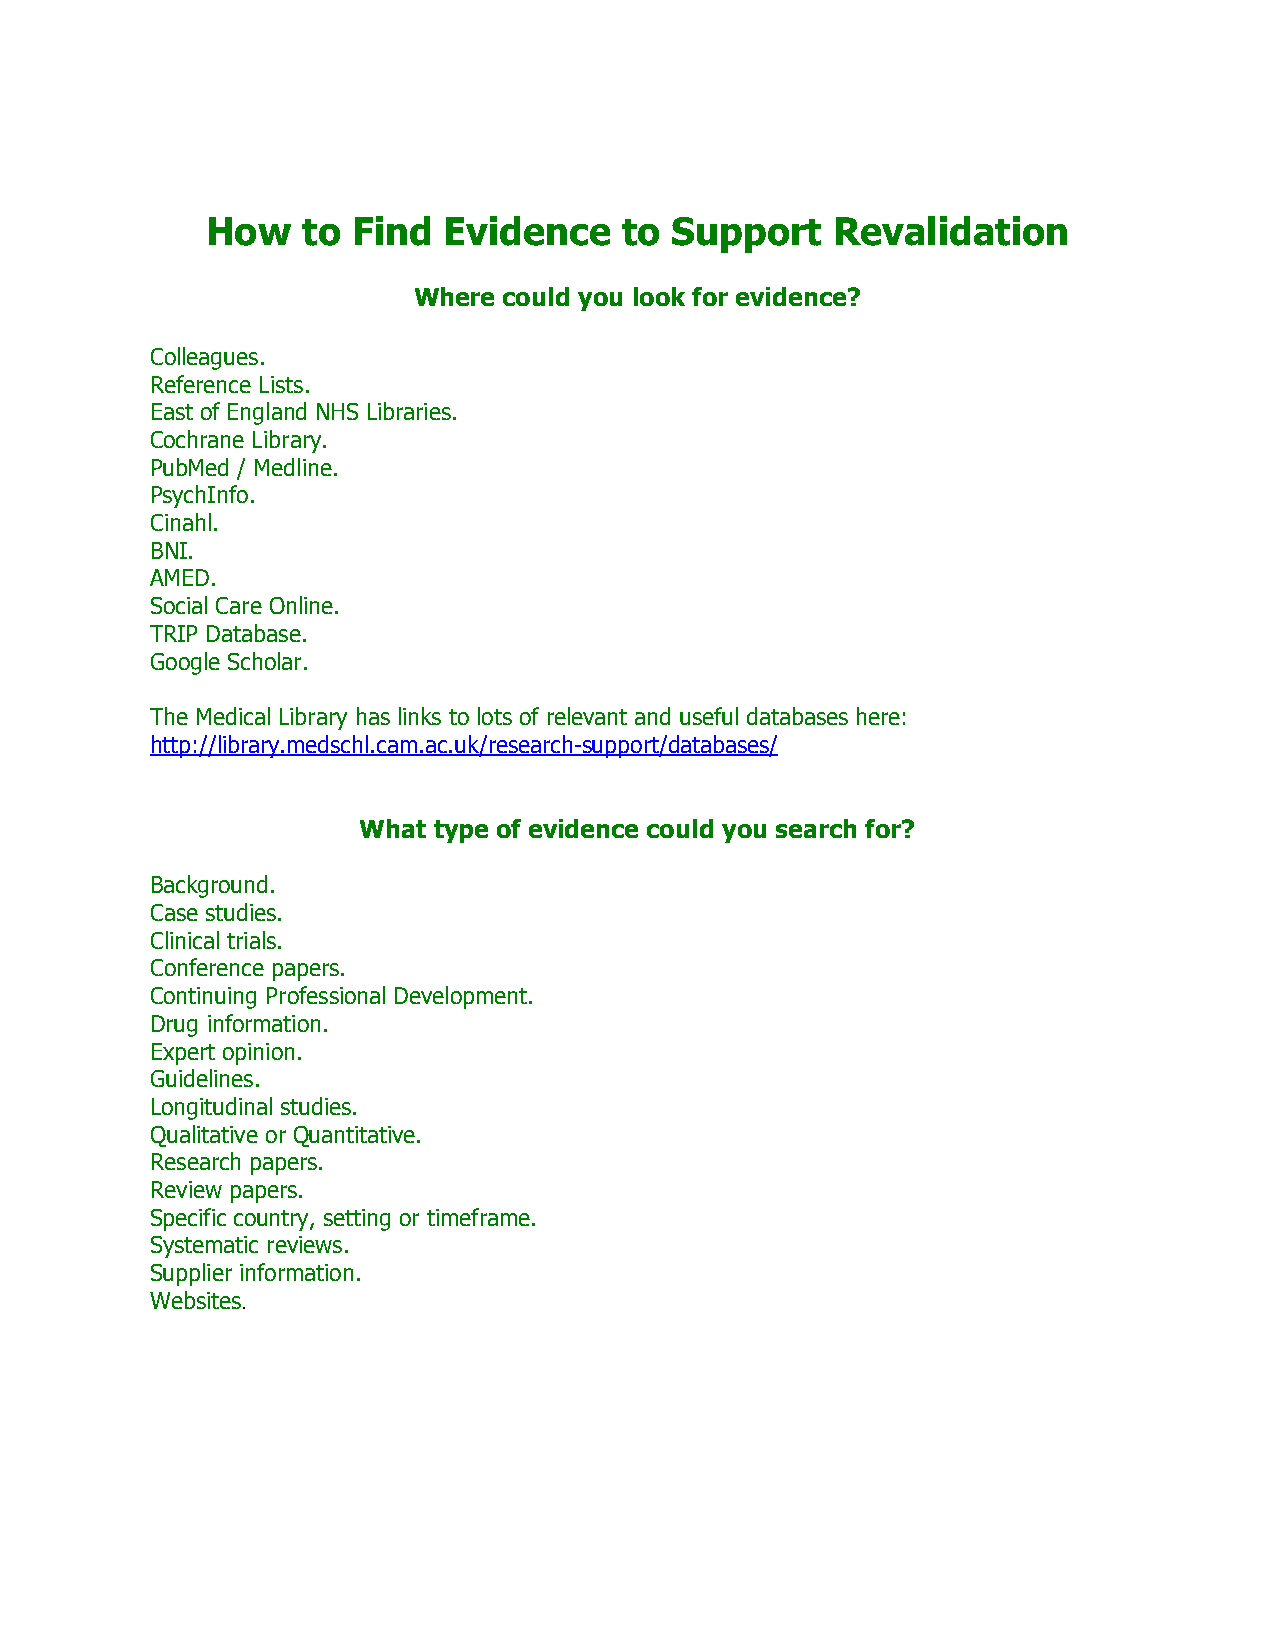
How   to Find  Evidence    to Support    Revalidation
 Where could you look for evidence?
 Colleagues.
 Reference Lists.
 East of England NHS Libraries.
 Cochrane Library.
 PubMed / Medline.
 PsychInfo.
 Cinahl.
 BNI.
 AMED.
 Social Care Online.
 TRIP Database.
 Google Scholar.
 The Medical Library has links to lots of relevant and useful databases here:
 http://library.medschl.cam.ac.uk/research-support/databases/
 What type of evidence could you search for?
 Background.
 Case studies.
 Clinical trials.
 Conference papers.
 Continuing Professional Development.
 Drug information.
 Expert opinion.
 Guidelines.
 Longitudinal studies.
 Qualitative or Quantitative.
 Research papers.
 Review papers.
 Specific country, setting or timeframe.
 Systematic reviews.
 Supplier information.
 Websites.